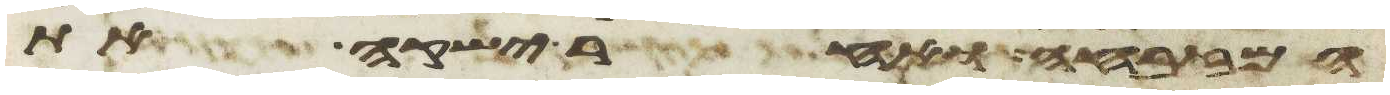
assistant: המזבחה ואחר ישקה את